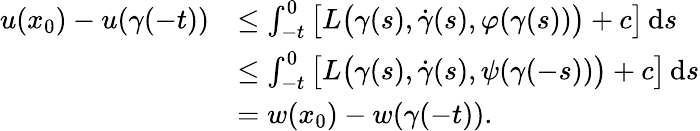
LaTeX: \begin{array}{rl}{u(x_{0})-u(\gamma(-t))}&{\leq\int_{-t}^{0}\big[L\bigl(\gamma(s),\dot{\gamma}(s),\varphi(\gamma(s))\bigr)+c\big]\, \mathrm{d}s}\\ &{\leq\int_{-t}^{0}\big[L\bigl(\gamma(s),\dot{\gamma}(s),\psi(\gamma(-s))\bigr)+c\big]\, \mathrm{d}s}\\ &{=w(x_{0})-w(\gamma(-t)).}\end{array}